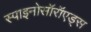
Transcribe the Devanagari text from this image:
स्पाइनोसॉरॉएड्स